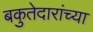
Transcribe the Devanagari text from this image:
बकुतेदारांच्या